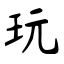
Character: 玩